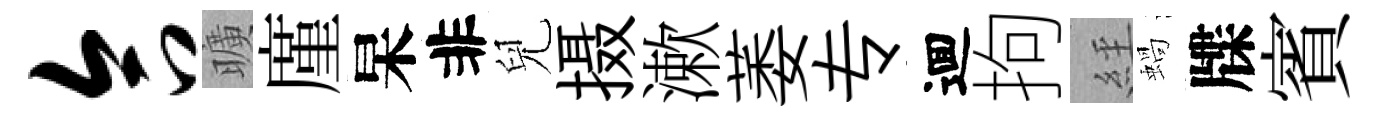
合曠廑杲非兒摄漱萎专逥拘𦀇蝸牒賓